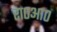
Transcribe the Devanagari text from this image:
रा०आ०